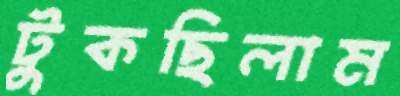
টুকছিলাম